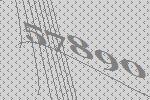
57890